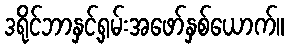
ဒရိုင်ဘာနှင့်ရှမ်းအဖော်နှစ်ယောက်။